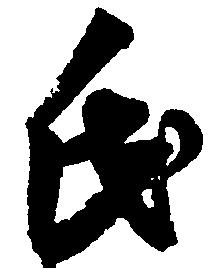
氏